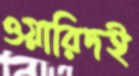
ওয়ারিদই